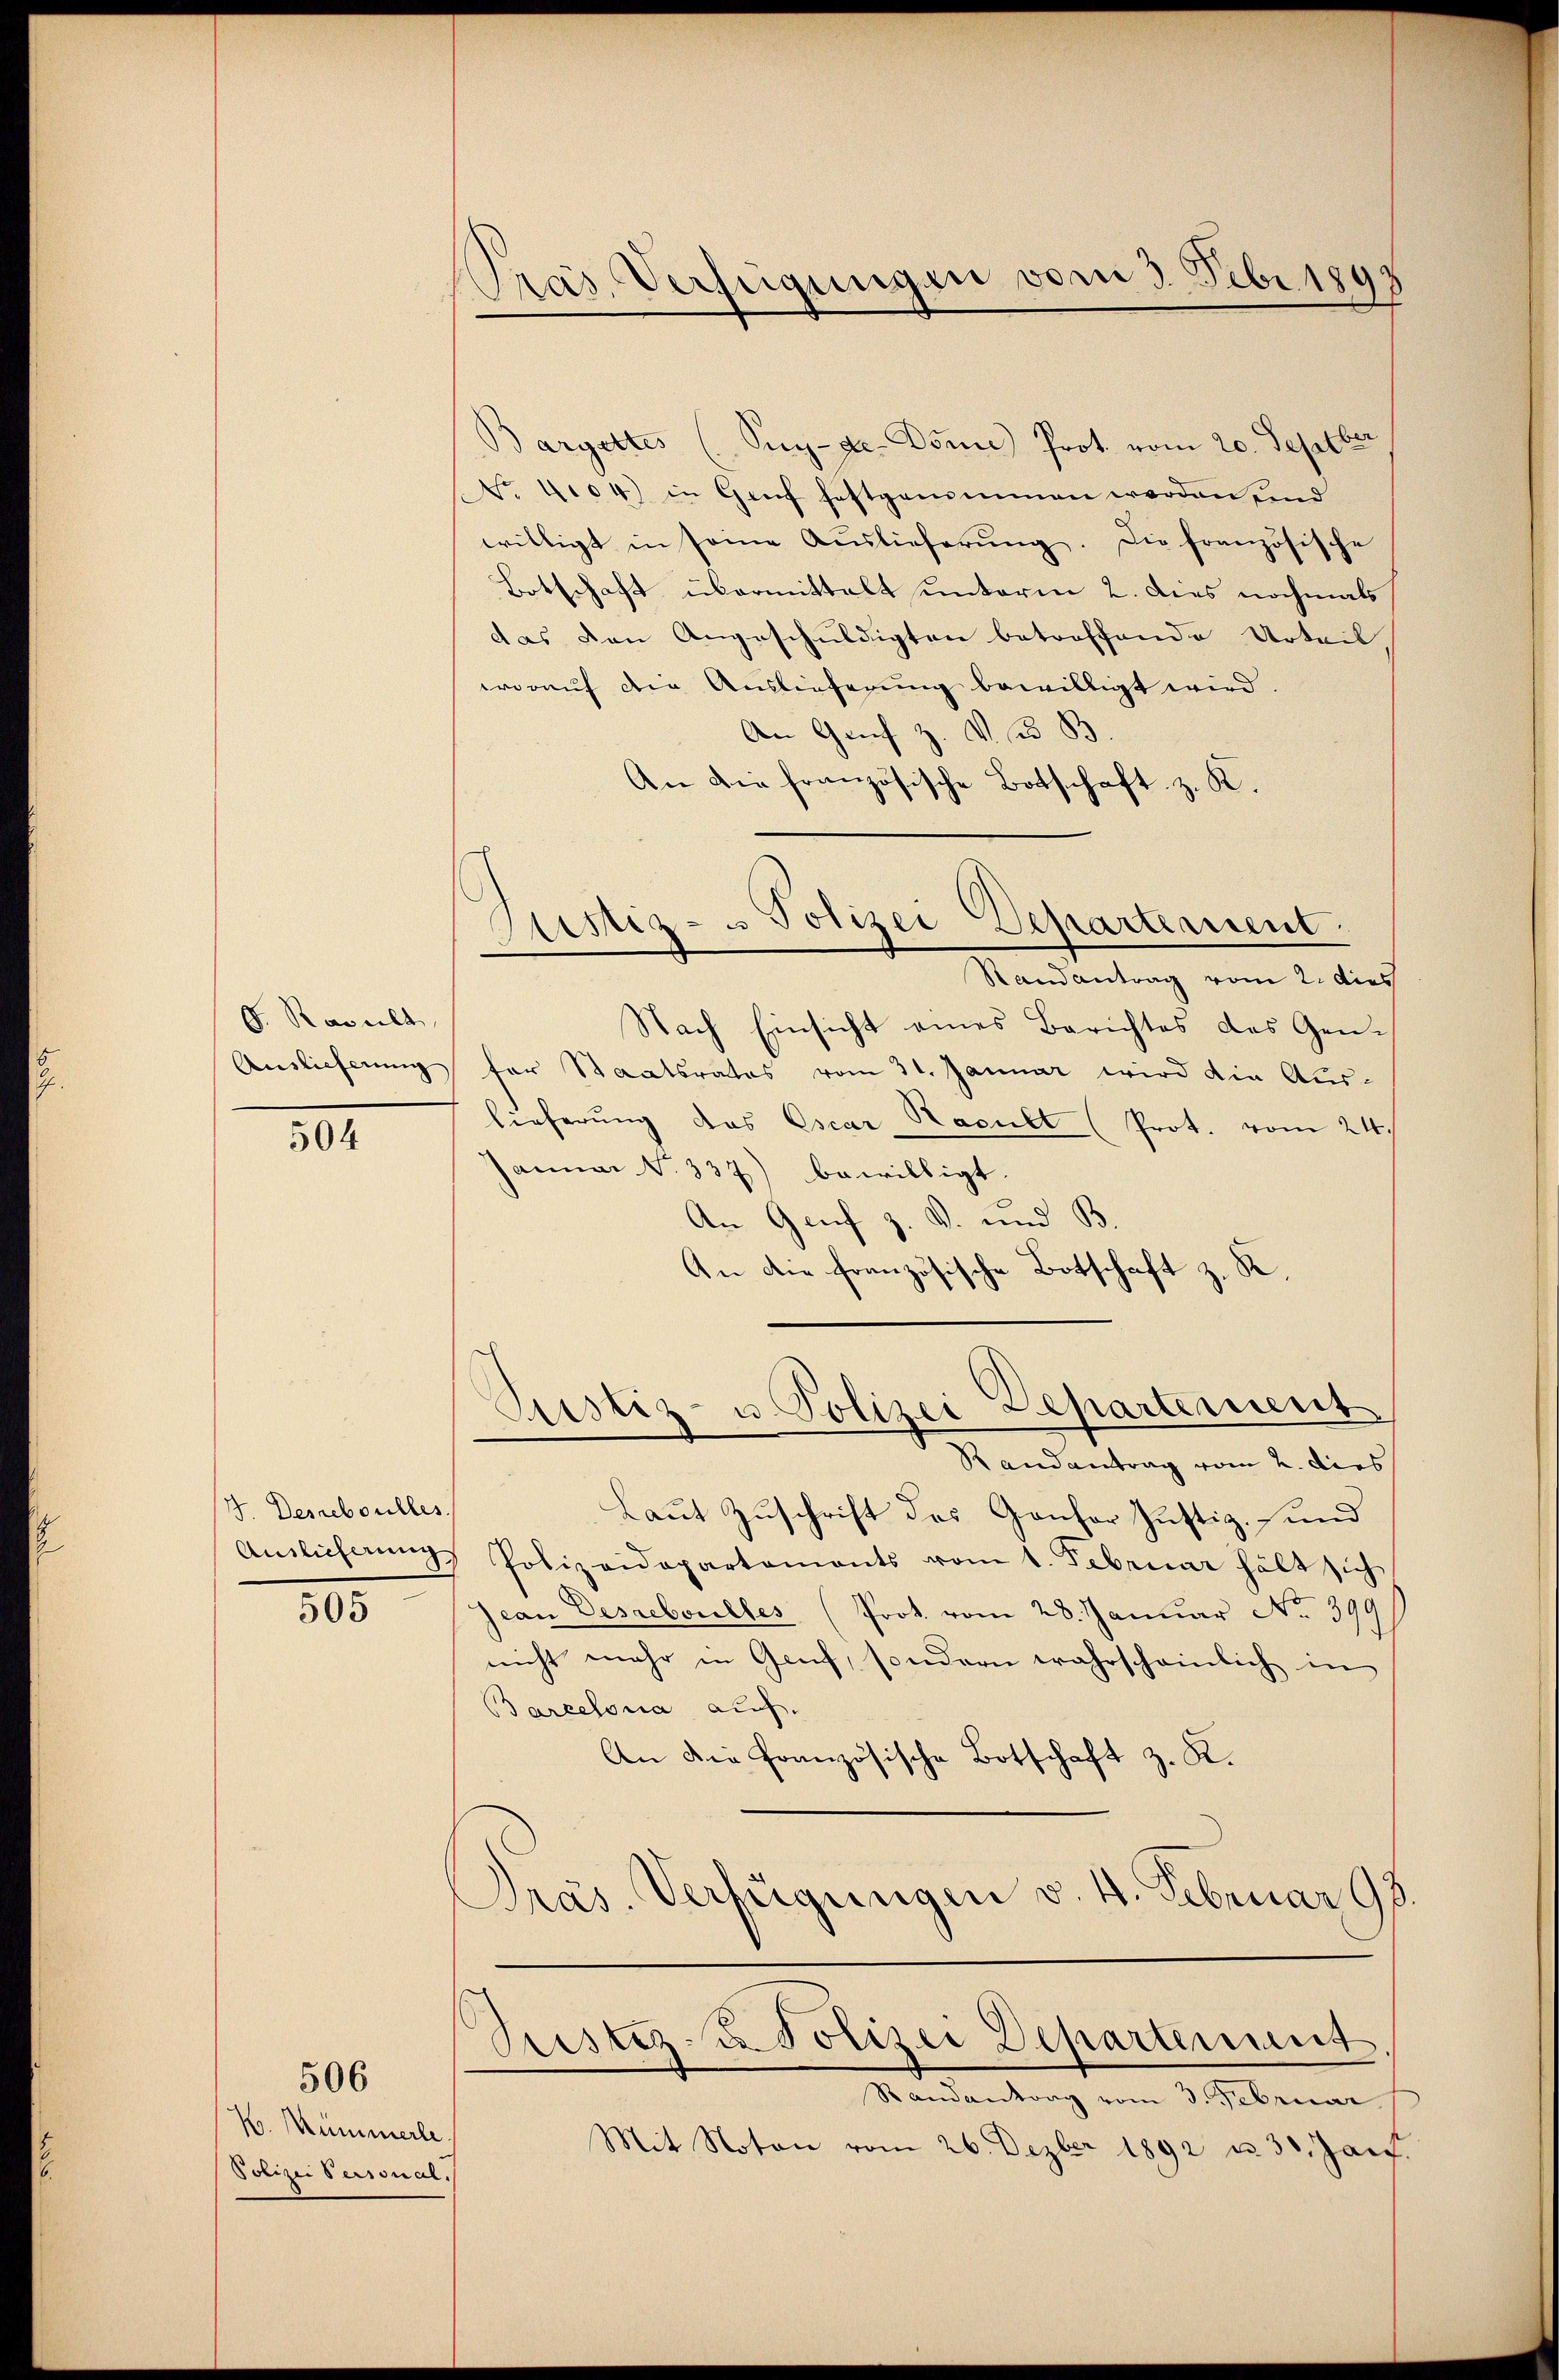
G. Result
Auslieferung

504

J. Desceboulles
Auslieferung

505

506

K. Kümmerle
Polizei Personal.

Pras Verfügungen vom 3. Febr. 1891

Astiz- u Polizei Departement.

Bargettes (Suy-de-Dome Prot. vom 20. Septber
No. 4104) in Genf festgenommen werden sind
willigt in seine Auslieferung. Die französische
Botschaft übermittelt unterm 2. dies nochmals
das den Angeschuldigten betreffende Urteil
worauf die Auslieferung bewilligt wird
An Graf Z. V. B. B
An die französische Botschaft z. K.
Randantrag vom 2. dies
Nach Einsicht eines Berichtes des Genfür Staatsrates vom 31. Januar wird die Aus-
lieferung das Oscar Hacult (Prot. vom 24.
Januar No. 337) bewilligt.
An Genf z. B. und B
An die französische Botschaft z. K.
Justiz- u. Polizei Departement
Randantrag vom 2. dies
Laut Zuschrift des Gansor Justiz- und
 Polizeidepartements vom 1. Februar hält sich
Jean Desreboulles (Prot. vom 28. Januar No 391
nicht mehr in Genf, sondern wahrscheinlich in
Barcelona auf
An die französische Botschaft z. K.
Präs. Verfügungen v. 4. Februar 98.
Pristiz- u Polizei Departement
Randantrag vom 3. Februar
Mit Noton vom 26. Dezber 1892 u. 30. Jan.